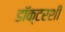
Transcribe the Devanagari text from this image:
डॉक्टरशी